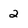
Character: 2